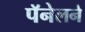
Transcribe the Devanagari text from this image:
पॅनेलने